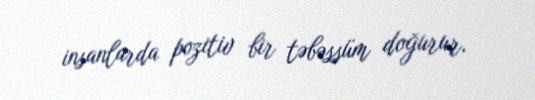
insanlarda pozitiv bir təbəssüm doğurur.